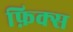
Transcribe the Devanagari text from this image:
फ़िक्स